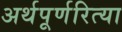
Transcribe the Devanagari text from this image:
अर्थपूर्णरित्या